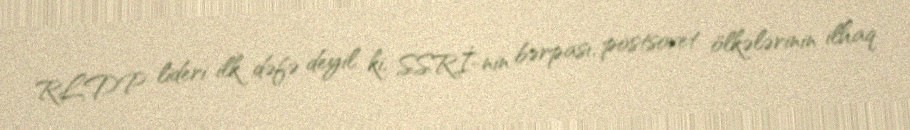
RLDP lideri ilk dəfə deyil ki, SSRİ-nin bərpası, postsovet ölkələrinin ilhaq